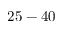
2 5 - 4 0